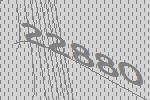
22880